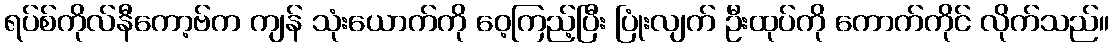
ရပ်စ်ကိုလ်နီကော့ဗ်က ကျန် သုံးယောက်ကို ဝေ့ကြည့်ပြီး ပြုံးလျက် ဦးထုပ်ကို ကောက်ကိုင် လိုက်သည်။